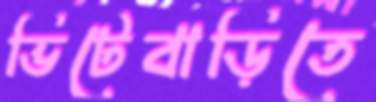
ভিটেবাড়িতে